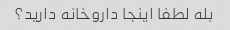
بله لطفا اینجا داروخانه دارید؟